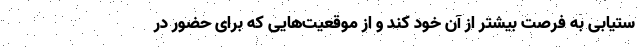
ستیابی به فرصت بیشتر از آن خود کند و از موقعیت‌هایی که برای حضور در